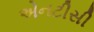
એનટીસી